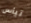
تيأس